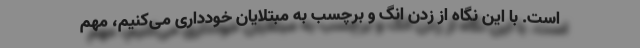
است. با این نگاه از زدن انگ و برچسب به مبتلایان خودداری می‌کنیم، مهم